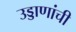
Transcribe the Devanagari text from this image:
उड्डाणांची